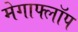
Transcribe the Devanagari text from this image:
मेगाफ्लॉप